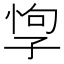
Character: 𡥯